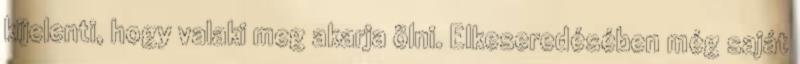
kijelenti, hogy valaki meg akarja ölni. Elkeseredésében még saját